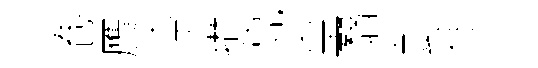
卷贋渟攅亮皇翳彭徐